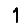
Digit: 1